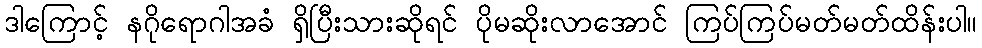
ဒါကြောင့် နဂိုရောဂါအခံ ရှိပြီးသားဆိုရင် ပိုမဆိုးလာအောင် ကြပ်ကြပ်မတ်မတ်ထိန်းပါ။